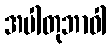
အပါတုဘာဝါ